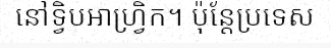
នៅទ្វិបអាហ្វ្រិក។ ប៉ុន្តែប្រទេស